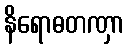
နိရောဓတဏှာ